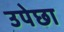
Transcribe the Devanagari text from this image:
उपेछा